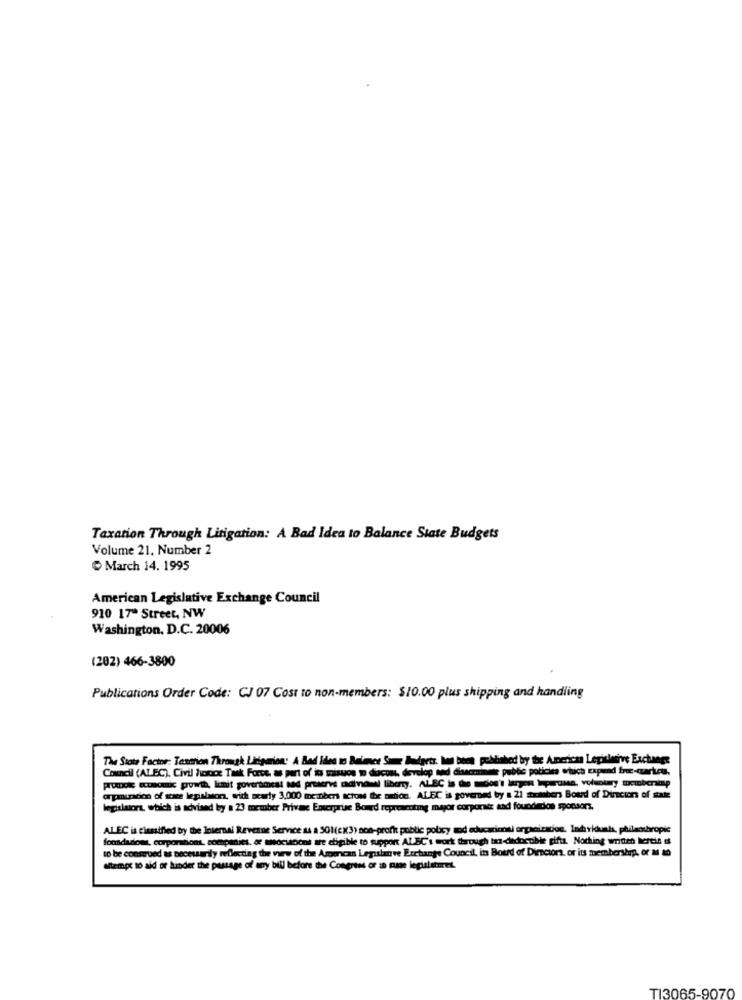
Taxation Through Litigation: A Bad Idea to Balance State Budgets
Volume 21. Number 2
March 14. 1995
American Legislative Exchange Council
910 17ª Street, NW
Washington, D.C. 20006
(282) 466-3800
Publications Order Code: CJ 07 Cost to non-members: $10.00 plus shipping and handling
The State Factor: Testrion Through Liigarion: A Bad Idea to Balance Same Budgets, has been published by the Americas Legislative Exchange
Council (ALEC), Civil Ivadioc Task Force, as part of its misuos to dicos, develop and disscminste public policies which expand free-cartes.
PruDole economic growth, limit governoest and praacres cadindwi liberty. ALEC is the =don't largest inperossa, voluntary memberamp
organization of scar legislation, with acarty 3,000 members acton the nation. ALEC is governed by a 21 octobers Boud of Directors of state
legislaors, which is advised by a 23 member Privae Enterprise Bond representing major corporate and foundedon sponsors.
ALEC is classified by the Internal Revenue Service as a 301(cK3) non-profit public policy sod educacionti orpaciradios, Individuals, philanthropie
foundarioet, corporations, companies, or socisions are eligible to support ALEC's work through taa-dedocuble gifts. Nothing write hereis es
to be construed as necessarily reflecting the view of the American Legislative Exchange Council, its Boud of Directors, or its membership, or M to
Mitemps to aid of kinder the passage of any bill before the Congress or in mue legislaturet.
TI3065-9070